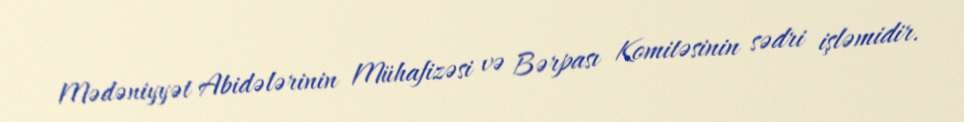
Mədəniyyət Abidələrinin Mühafizəsi və Bərpası Komitəsinin sədri işləmidir.